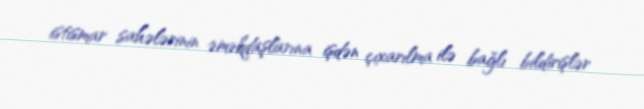
istismar sahələrinin əməkdaşlarına işdən çıxarılma ilə bağlı bildirişlər